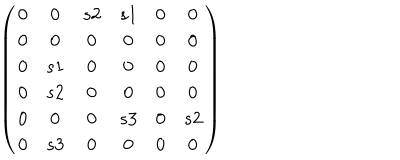
\left( \begin{matrix} { { 0 } } & { { 0 } } & { { s 2 } } & { { s 1 } } & { { 0 } } & { { 0 } } \\ { { 0 } } & { { 0 } } & { { 0 } } & { { 0 } } & { { 0 } } & { { 0 } } \\ { { 0 } } & { { s 1 } } & { { 0 } } & { { 0 } } & { { 0 } } & { { 0 } } \\ { { 0 } } & { { s 2 } } & { { 0 } } & { { 0 } } & { { 0 } } & { { 0 } } \\ { { 0 } } & { { 0 } } & { { 0 } } & { { s 3 } } & { { 0 } } & { { s 2 } } \\ { { 0 } } & { { s 3 } } & { { 0 } } & { { 0 } } & { { 0 } } & { { 0 } } \\ \end{matrix} \right)